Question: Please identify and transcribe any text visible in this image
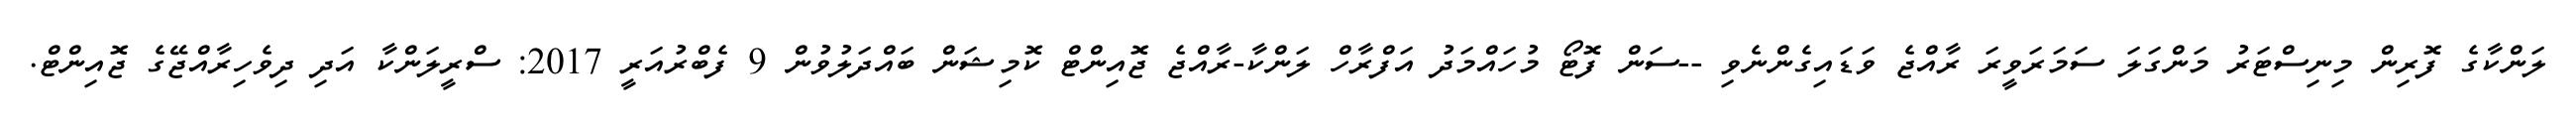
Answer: ލަންކާގެ ފޮރިން މިނިސްޓަރު މަންގަލަ ސަމަރަވީރަ ރާއްޖެ ވަޑައިގެންނެވި --ސަން ފޮޓޯ މުހައްމަދު އަފްރާހް ލަންކާ-ރާއްޖެ ޖޮއިންޓް ކޮމިޝަން ބައްދަލުވުން 9 ފެބްރުއަރީ 2017: ސްރީލަންކާ އަދި ދިވެހިރާއްޖޭގެ ޖޮއިންޓް.